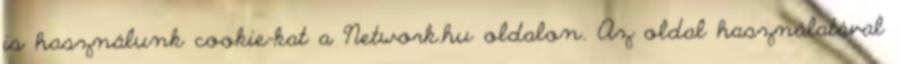
is használunk cookie-kat a Network.hu oldalon. Az oldal használatával